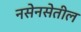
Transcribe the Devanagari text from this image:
नसेनसेतील